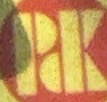
PDK